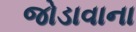
જોડાવાના